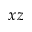
x z